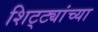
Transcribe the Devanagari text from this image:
शिट्ट्यांच्या